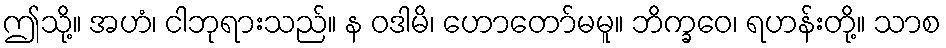
ဤသို့။ အဟံ၊ ငါဘုရားသည်။ န ဝဒါမိ၊ ဟောတော်မမူ။ ဘိက္ခဝေ၊ ရဟန်းတို့။ သာစ